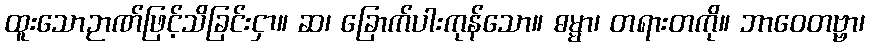
ထူးသောဉာဏ်ဖြင့်သိခြင်းငှာ။ ဆ၊ ခြောက်ပါးကုန်သော။ ဓမ္မာ၊ တရားတကို။ ဘာဝေတဗ္ဗာ၊